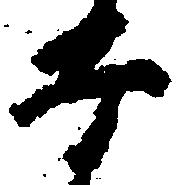
子